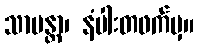
သာမန္တာ၊ နံပါးတဖက်မှ။